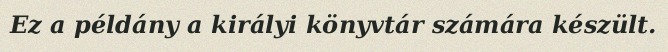
Ez a példány a királyi könyvtár számára készült.